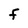
Character: F